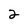
Character: 2